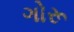
ગોરૂ